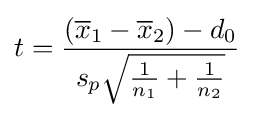
t={\frac {({\overline {x}}_{1}-{\overline {x}}_{2})-d_{0}}{s_{p}{\sqrt {{\frac {1}{n_{1}}}+{\frac {1}{n_{2}}}}}}}